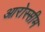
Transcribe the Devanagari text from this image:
आरोस्सीम